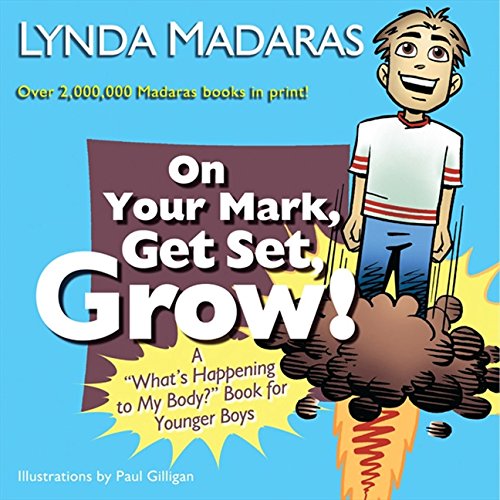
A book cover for On Your Mark, Get Set, Grow!: A "What's Happening to My Body?" Book for Younger Boys; Lynda Madaras; Parenting & Relationships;